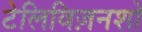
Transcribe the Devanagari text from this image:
टेलिविज़नशो